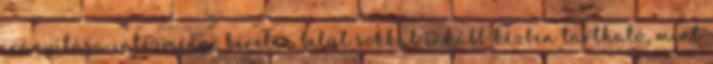
irányítása intézményi kereten belül sokkal inkább kézben tartható, mint